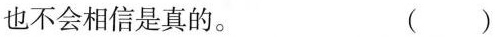
也不会相信是真的。 ()